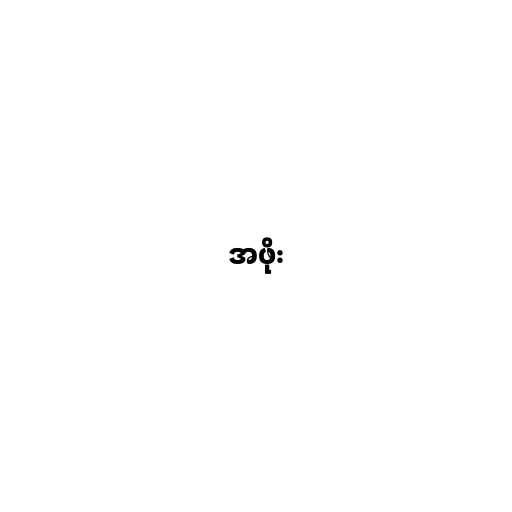
အဖိုး